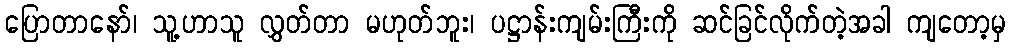
ပြောတာနော်၊ သူ့ဟာသူ လွှတ်တာ မဟုတ်ဘူး၊ ပဋ္ဌာန်းကျမ်းကြီးကို ဆင်ခြင်လိုက်တဲ့အခါ ကျတော့မှ